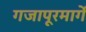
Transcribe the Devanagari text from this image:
गजापूरमार्गे